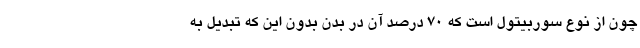
چون از نوع سوربیتول است که ۷۰ درصد آن در بدن بدون این که تبدیل به